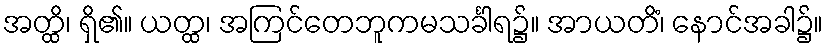
အတ္ထိ၊ ရှိ၏။ ယတ္ထ၊ အကြင်တေဘူကမသင်္ခါရ၌။ အာယတိံ၊ နောင်အခါ၌။